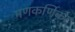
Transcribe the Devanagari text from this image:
मणकर्णिका